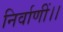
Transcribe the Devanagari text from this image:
निर्वाणीं।।